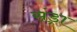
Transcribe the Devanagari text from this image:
संड्रा